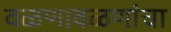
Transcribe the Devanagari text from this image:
वळणावळणांचा